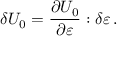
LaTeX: \delta U _ { 0 } = { \frac { \partial U _ { 0 } } { \partial { \boldsymbol { \varepsilon } } } } : \delta { \boldsymbol { \varepsilon } } \, .